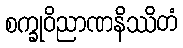
စက္ခုဝိညာဏနိဿိတံ